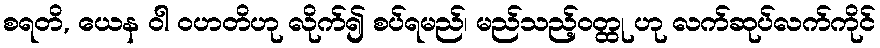
စရတိ, ယေန ဝါ ဝဟတိဟု လိုက်၍ စပ်ရမည်၊ မည်သည့်ဝတ္ထု ဟု လက်ဆုပ်လက်ကိုင်